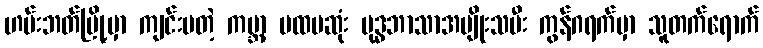
ဟမ်းဘတ်မြို့မှာ ကျင်းပတဲ့ ကမ္ဘာ့ ပထမဆုံး ဗုဒ္ဓဘာသာအမျိုးသမီး ကွန်ဂရက်မှာ သူတက်ရောက်